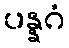
ပန္နဂံ